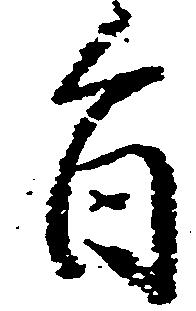
旨